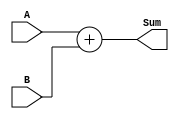
module adder #(
    parameter WIDTH=32
) (
    input     [WIDTH-1:0] A,
    input     [WIDTH-1:0] B,
    output reg[WIDTH-1:0] Sum
);

always @(*) begin
    Sum=A+B;
end
    
endmodule